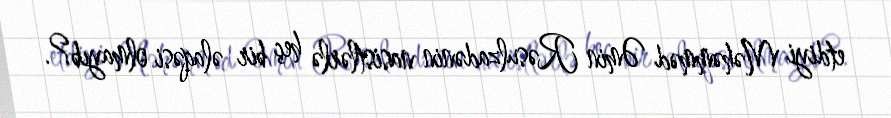
etdiyi Məhəmməd Əmin Rəsulzadənin nasistlərlə heç bir əlaqəsi olmayıb?.